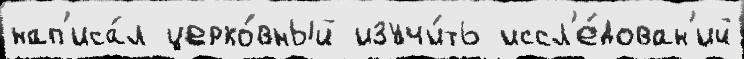
нап'иса́л церко́вный изучи́ть иссл'е́дован'ий